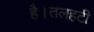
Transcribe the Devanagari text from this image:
है।तलहटी